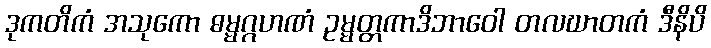
ဒုကတိကံ အသုကော ဓမ္မဂ္ဂဟဏံ ဥမ္မတ္တကာဒိဘာဝေါ တလဃာတကံ ဒီနိပိ